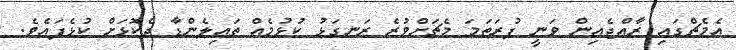
އެމެޗްގައި ރާއްޖެއިން ވަނީ ފުރަތަމަ މެޗަށްވުރެ ރަނގަޅު ކުޅުމެއް ތައިލެންޑާ ދެކޮޅަށް ކުޅެފައެވެ.